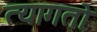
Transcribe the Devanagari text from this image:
त्यागतो